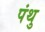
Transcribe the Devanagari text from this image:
पंथु